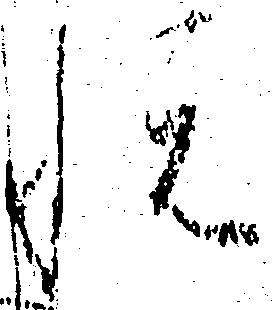
悦